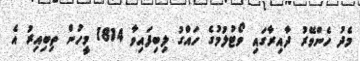
މެދު ހެންވޭރު ދާއިރާގައި ވޯޓުލުމުގެ ހައްގު ލިބިފައިވާ 1814 މީހުން ތިބިއިރު އެ